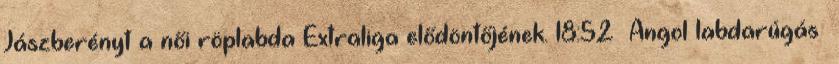
Jászberényt a női röplabda Extraliga elődöntőjének. 18:52 Angol labdarúgás